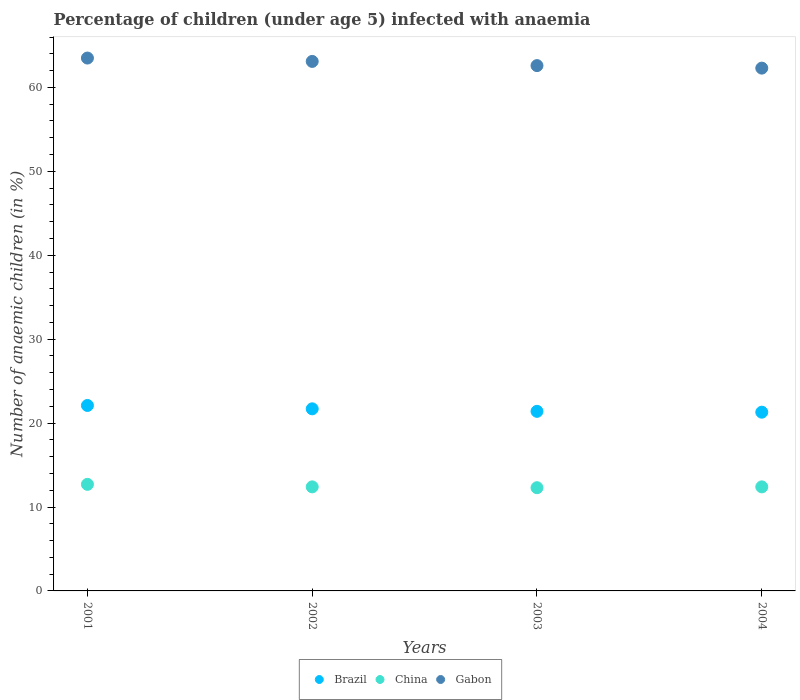
| Years | Brazil | China | Gabon |
 | --- | --- | --- | --- |
 | 2001 | 22.1 | 12.7 | 63.5 |
 | 2002 | 21.7 | 12.4 | 63.1 |
 | 2003 | 21.4 | 12.3 | 62.6 |
 | 2004 | 21.3 | 12.4 | 62.3 |